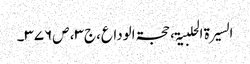
السیرۃ الحلبیۃ، حجۃالوداع،ج۳، ص۳۷۶۔